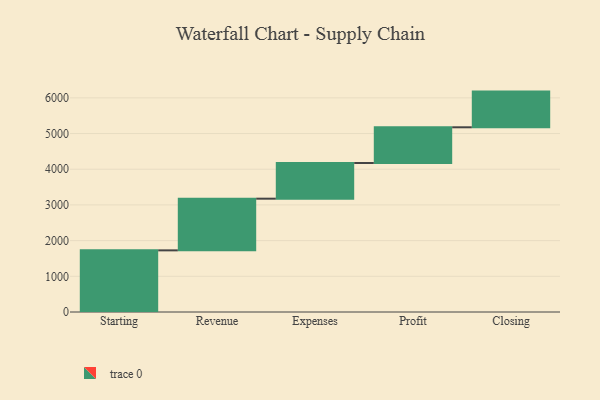
{"axis": {"x": "Step", "y": "Value"}, "legend": [""], "data": [{"x": "Starting", "y": 1727.0, "type": ""}, {"x": "Revenue", "y": 1448.0, "type": ""}, {"x": "Expenses", "y": 1000, "type": ""}, {"x": "Profit", "y": 1000, "type": ""}, {"x": "Closing", "y": 1000, "type": ""}]}